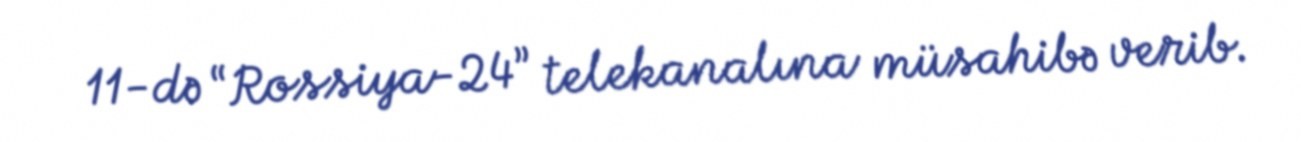
11-də “Rossiya-24” telekanalına müsahibə verib.